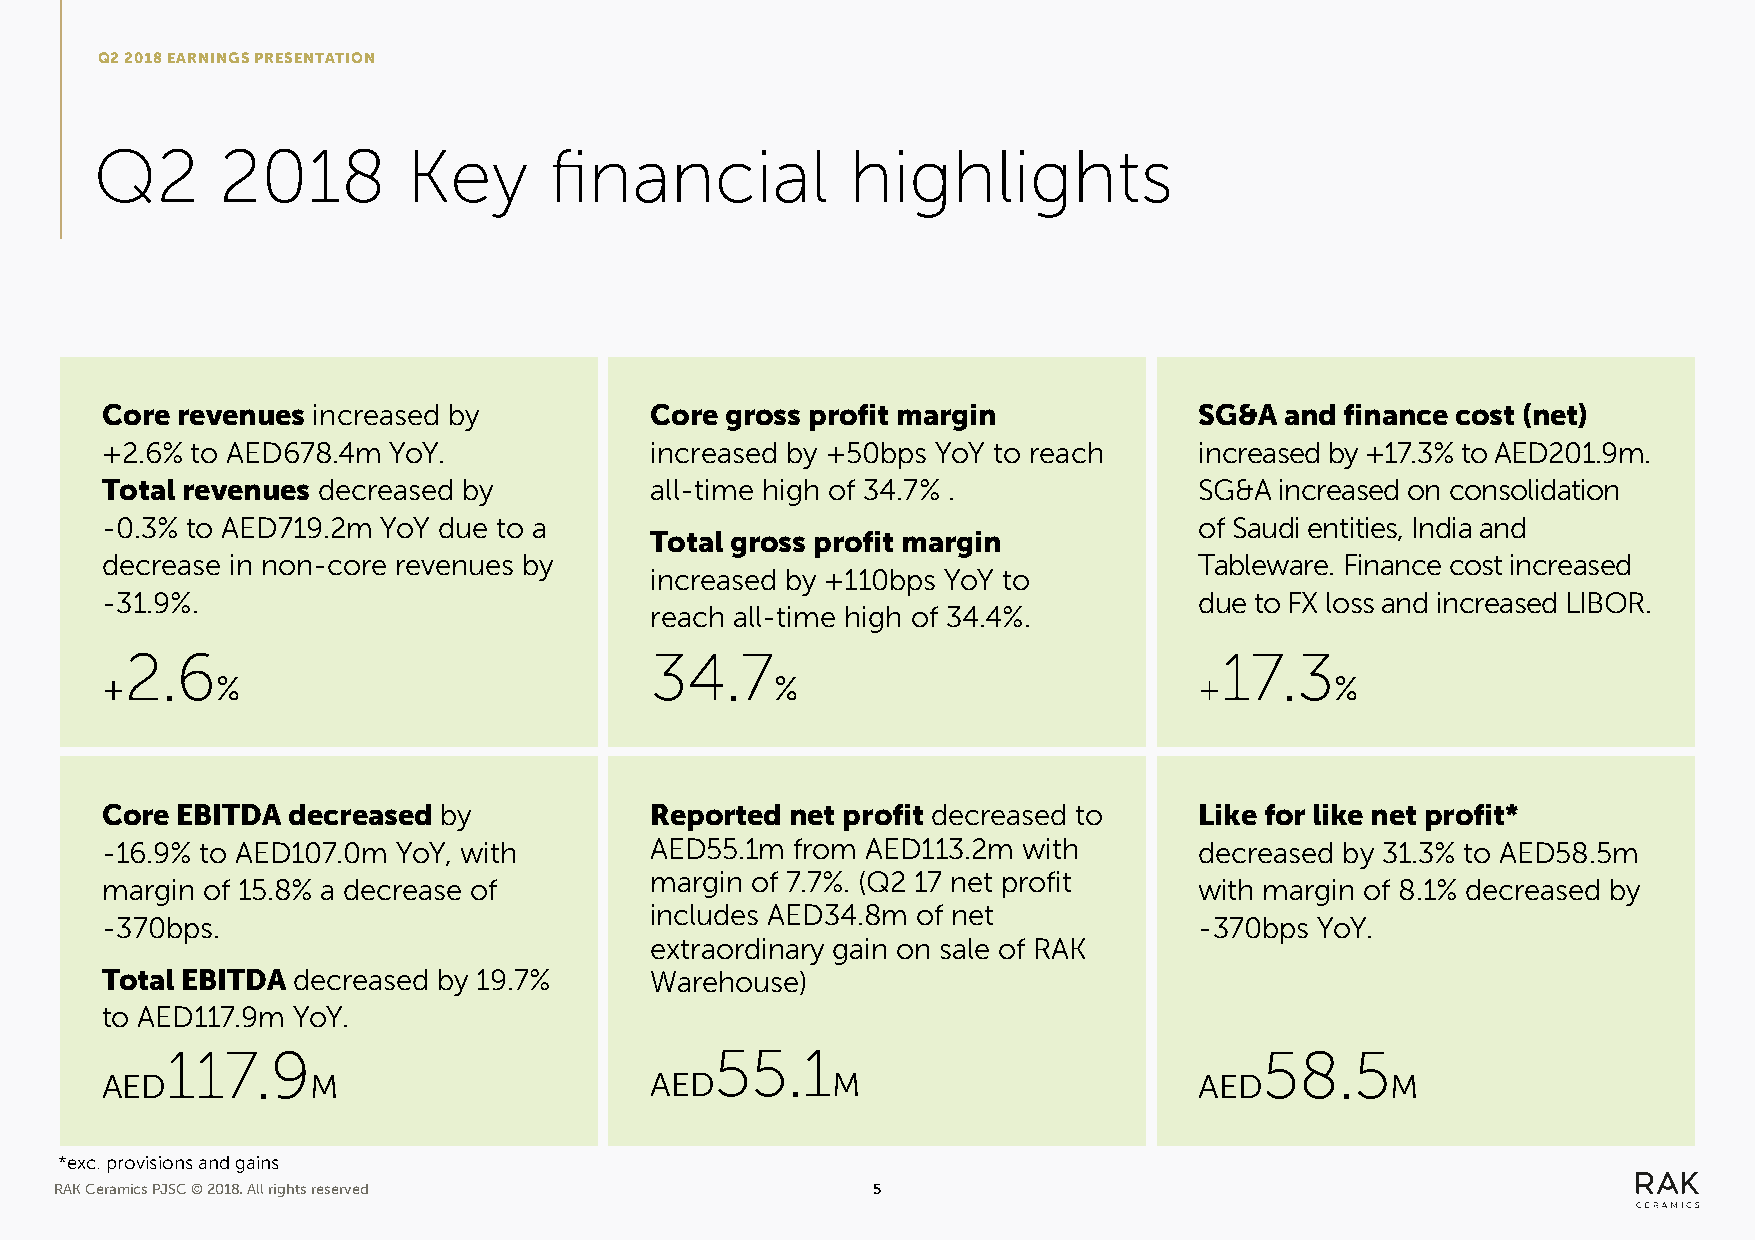
Q2 2018 EARNINGS PRESENTATION
 Q2       2018        Key      financial           highlights
 Core revenues increased by          Core gross profit margin            SG&A  and finance cost (net)
 +2.6% to AED678.4m YoY.             increased by +50bps YoY to reach    increased by +17.3% to AED201.9m.
 Total revenues decreased by         all-time high of 34.7% .            SG&A  increased on consolidation
 -0.3% to AED719.2m YoY due to a                                         of Saudi entities, India and
 Total gross profit margin
 decrease in non-core revenues by                                        Tableware. Finance cost increased
 increased by +110bps YoY to
 -31.9%.                                                                 due to FX loss and increased LIBOR.
 reach all-time high of 34.4%.
 2.6                                34.7                                  17.3
 +      %                                    %                           +        %
 Core EBITDA decreased by            Reported net profit decreased to    Like for like net profit*
 -16.9% to AED107.0m YoY, with       AED55.1m  from AED113.2m with       decreased by 31.3% to AED58.5m
 margin of 7.7%. (Q2 17 net profit
 margin of 15.8% a decrease of                                           with margin of 8.1% decreased by
 includes AED34.8m of net
 -370bps.                                                                -370bps YoY.
 extraordinary gain on sale of RAK
 Total EBITDA decreased by 19.7%     Warehouse)
 to AED117.9m YoY.
 117.9                               55.1                                 58.5
 AED           M                     AED         M                       AED          M
 *exc. provisions and gains
 RAK Ceramics PJSC © 2018. All rights reserved         5